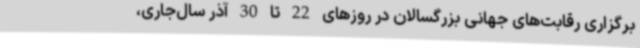
برگزاری رقابت‌های جهانی بزرگسالان در روزهای 22 تا 30 آذر سال‌جاری،